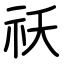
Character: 祅